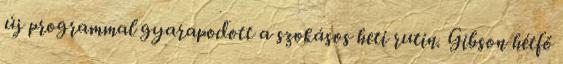
új programmal gyarapodott a szokásos heti rutin. Gibson hétfő